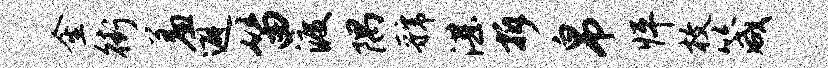
金街羞避笛渡隅虢湛拆帛怦枚箴